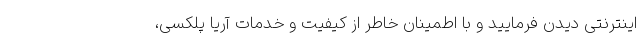
اینترنتی دیدن فرمایید و با اطمینان خاطر از کیفیت و خدمات آریا پلکسی،